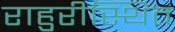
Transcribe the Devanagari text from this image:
राहुरीस्थित